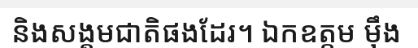
និងសង្គមជាតិផងដែរ។ ឯកឧត្តម ម៉ឹង